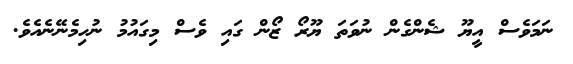
ނަމަވެސް އީޔޫ ޝެންގެން ނުވަތަ ޔޫރޯ ޒޯން ގައި ވެސް މިގައުމު ނުހިމެނޭނެއެވެ.